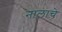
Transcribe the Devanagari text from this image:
नालाचे